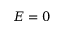
E = 0